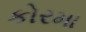
કોરમા